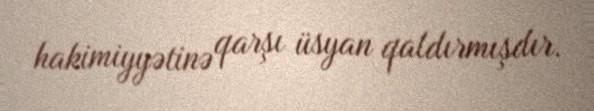
hakimiyyətinə qarşı üsyan qaldırmışdır.